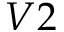
V 2